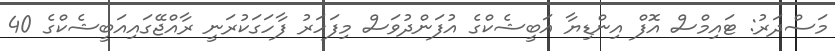
މަސްދަރު: ޓައިމްސް އޮފް އިންޑިޔާ އަބީޝެކްގެ އުފަންދުވަސް މިފަހަރު ފާހަގަކުރަނީ ރާއްޖޭގައިއަބީޝެކްގެ 40